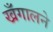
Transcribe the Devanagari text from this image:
खँगालने